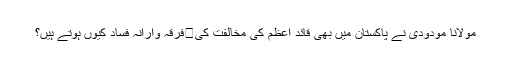
مولانا مودودی نے پاکستان میں بھی قائد اعظم کی مخالفت کی	فرقہ وارانہ فساد کیوں ہوتے ہیں؟